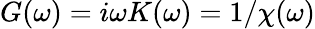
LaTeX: G(\omega)=i\omega K(\omega)=1/\chi(\omega)